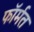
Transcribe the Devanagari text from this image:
फॉर्मत